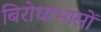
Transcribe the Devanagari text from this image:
बिरोधाभासों